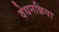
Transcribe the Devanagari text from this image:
वेधनक्रिया